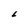
Character: L